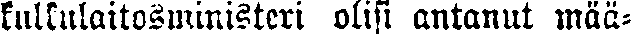
kulkulaitosministeri olisi antanut mää-